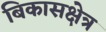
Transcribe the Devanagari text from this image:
बिकासक्षेत्र